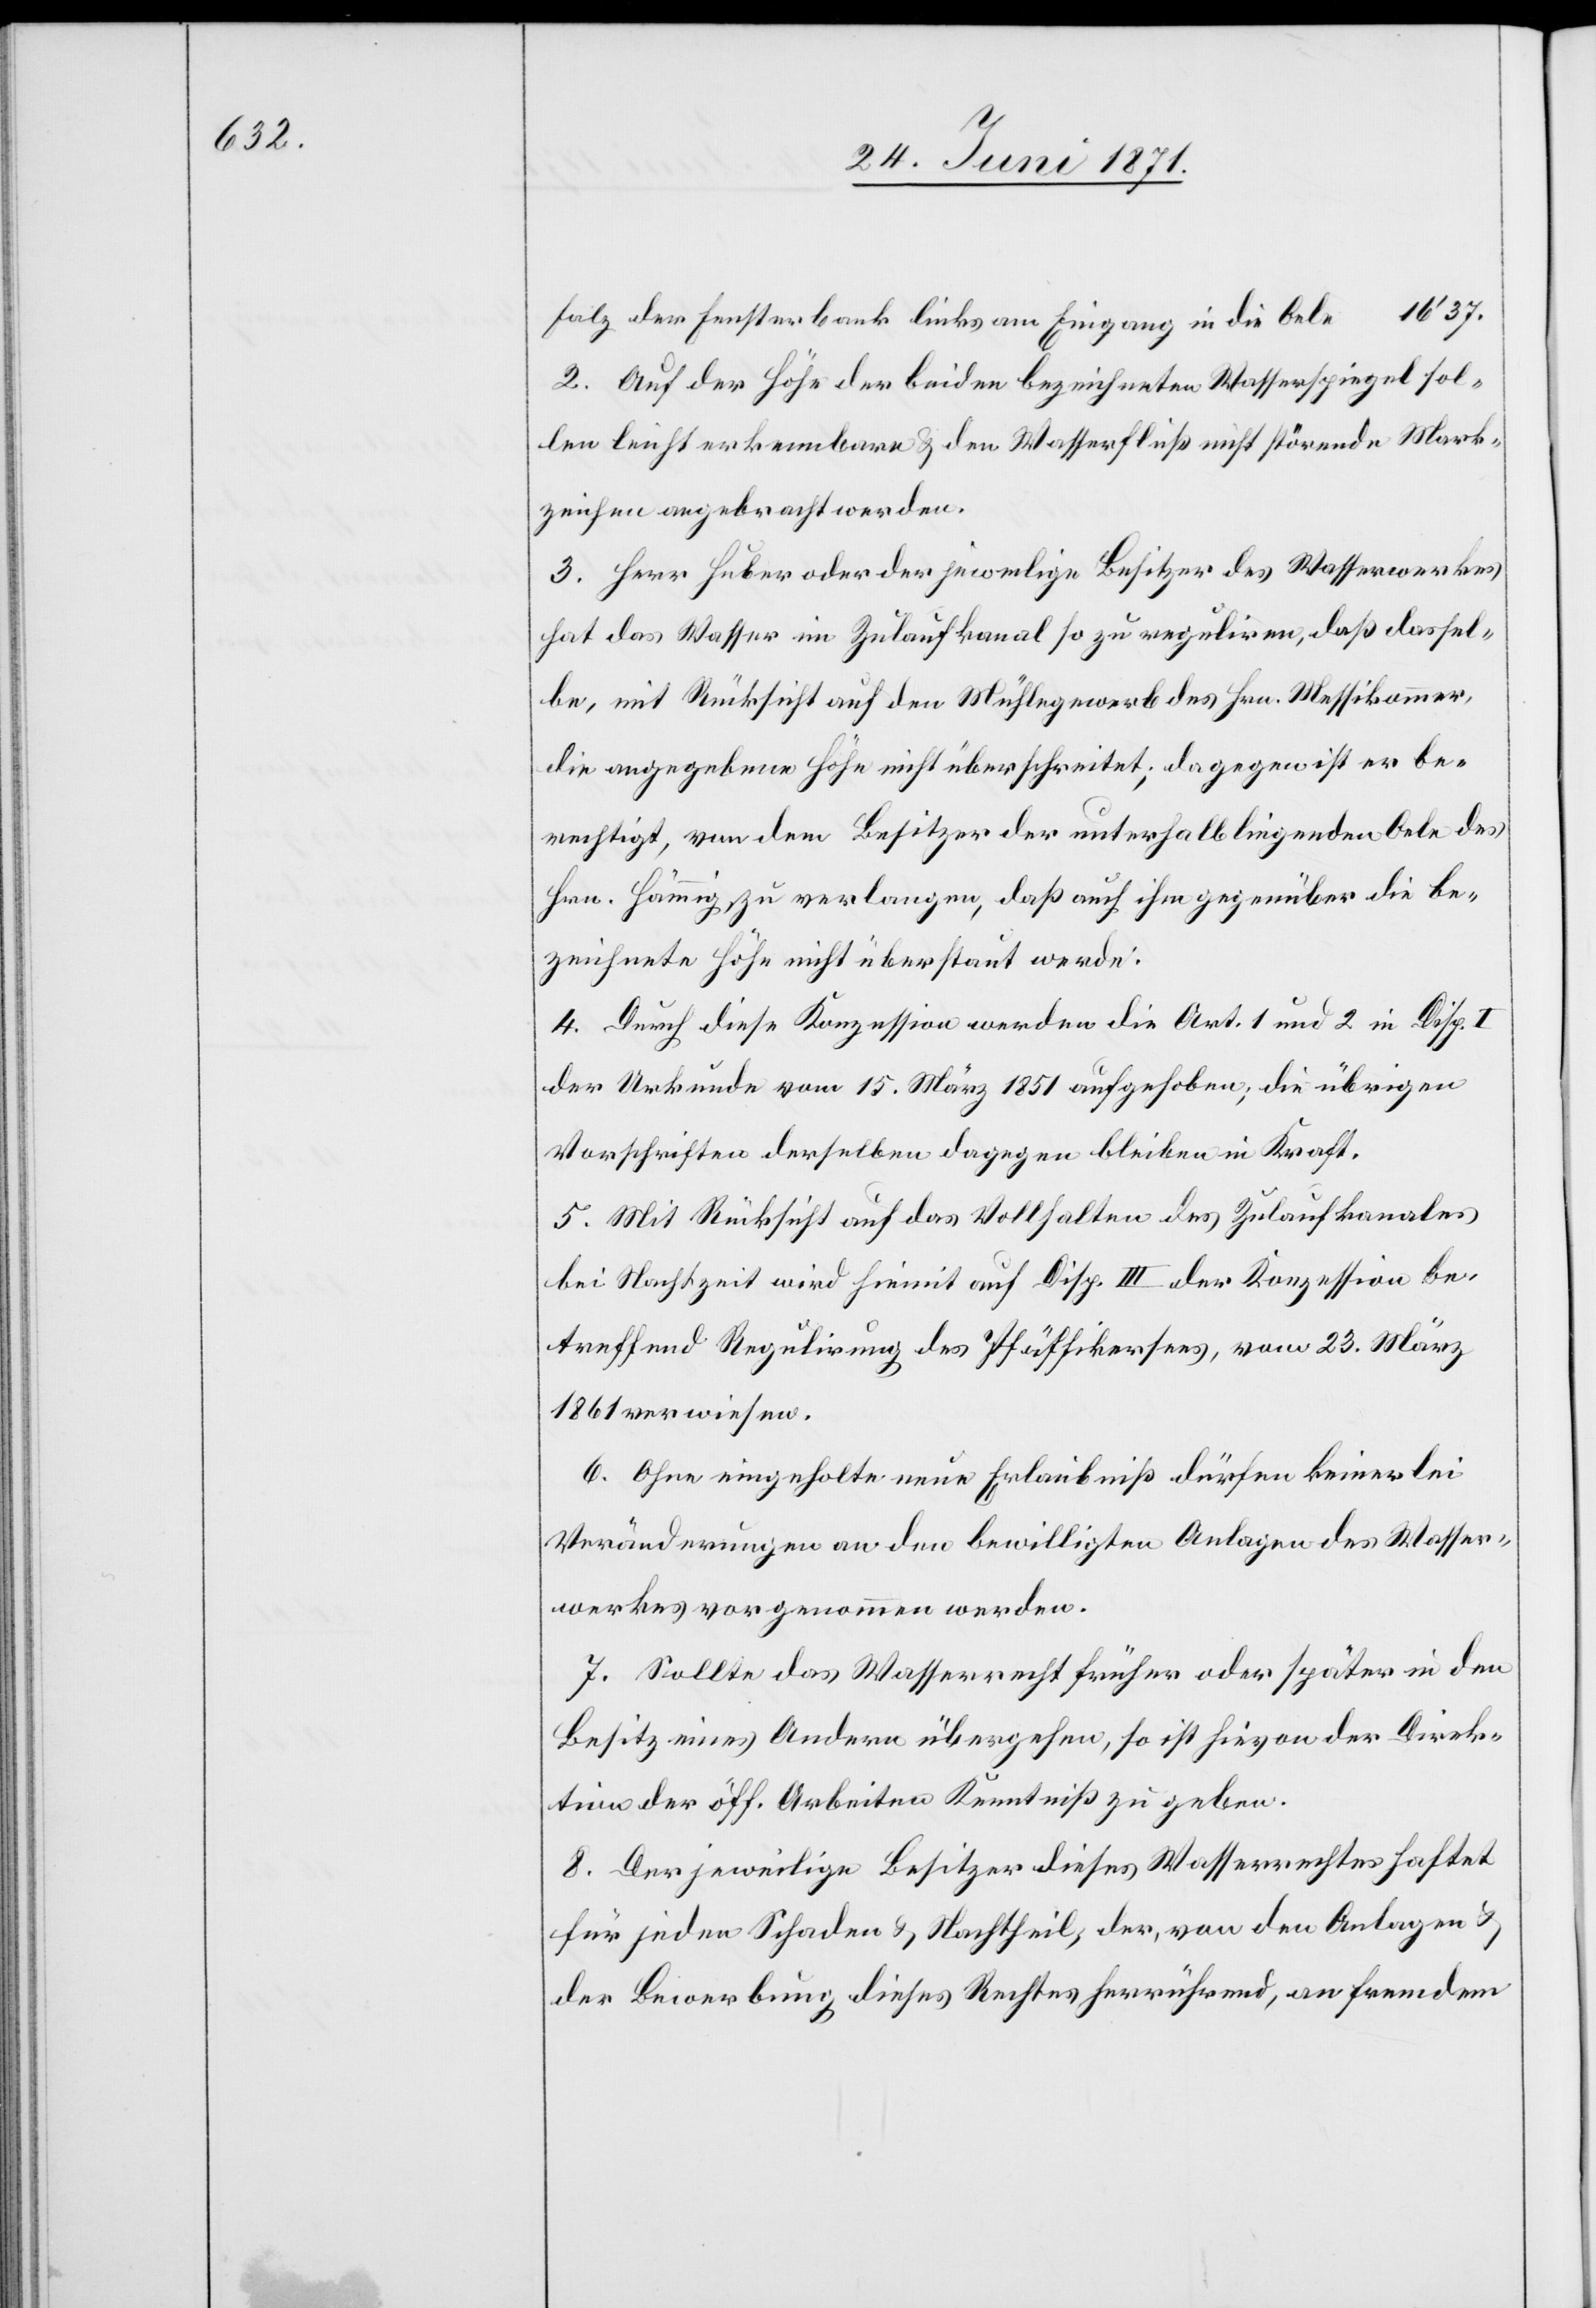
16’37.

Falz der Fensterbank links am Eingang in die Oele
2. Auf der Höhe der beiden bezeichneten Wasserspiegel sol¬
len leicht erkennbare u. den Wasserfluß nicht störende Mark¬
zeichen angebracht werden.
3. Herr Huber oder der jeweilige Besitzer des Wasserwerkes
hat das Wasser im Zulaufkanal so zu reguliren, daß dassel¬
be, mit Rücksicht auf den Mühlegewerb des Hrn. Messikommer,
die angegebene Höhe nicht überschreitet; dagegen ist er be¬
rechtig, von dem Besitzer der unterhalb liegenden Oele des
Hrn. Hämmig, zu verlangen, daß auch ihm gegenüber die be¬
zeichnete Höhe nicht überstaut werde.
4. Durch diese Konzession werden die Art. 1 und 2 in Disp. I
der Urkunde vom 15. März 1851 aufgehoben; die übrigen
Vorschriften derselben dagegen bleiben in Kraft.
5. Mit Rücksicht auf das Vollhalten des Zulaufkanales
bei Nachtzeit wird hiemit auf Disp. III der Konzession be¬
treffend Regulirung des Pfäffikersees, vom 23. März
1861 verwiesen.
6. Ohne eingeholte neue Erlaubniß dürfen keinerlei
Veränderungen an den bewilligten Anlagen des Wasser¬
werkes vorgenommen werden.
7. Sollte das Wasserrecht früher oder später in den
Besitz eines Andern übergehen, so ist hievon der Direk¬
tion der öff. Arbeiten Kenntniß zu geben.
8. Der jeweilige Besitzer dieses Wasserrechts haftet
für jeden Schaden u. Nachtheil, der, von den Anlagen u.
der Bewerbung dieses Rechtes herrührend, an fremdem